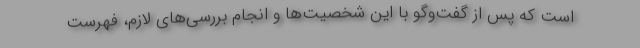
است که پس از گفت‌وگو با این شخصیت‌ها و انجام بررسی‌های لازم، فهرست